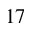
^ Ḋ 1 7 Ḍ